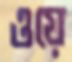
ওয়ে